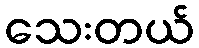
သေးတယ်